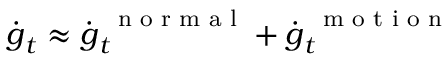
\dot { \boldsymbol g } _ { t } \approx \dot { \boldsymbol g } _ { t } ^ { \mathrm { ~ \scriptsize ~ n ~ o ~ r ~ m ~ a ~ l ~ } } + \dot { \boldsymbol g } _ { t } ^ { \mathrm { ~ \scriptsize ~ m ~ o ~ t ~ i ~ o ~ n ~ } }